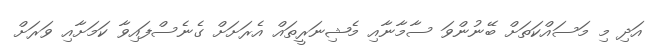
އަދި މި މަސައްކަތަށް ބޭނުންވަ ސާމާނާއި މެޝިނަރީތައް އެރަށަށް ގެނެސްފައިވާ ކަމަށާއި ވަރަށް